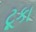
ટૂકા